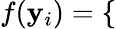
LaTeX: f(\mathbf{y}_{i})=\left\{ \begin{array}{rlr}\end{array}\right.